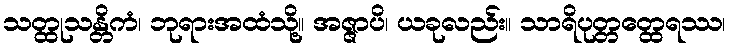
သတ္ထုသန္တိကံ၊ ဘုရားအထံသို့။ အဇ္ဇာပိ၊ ယခုလည်း။ သာရိပုတ္တတ္ထေရဿ၊